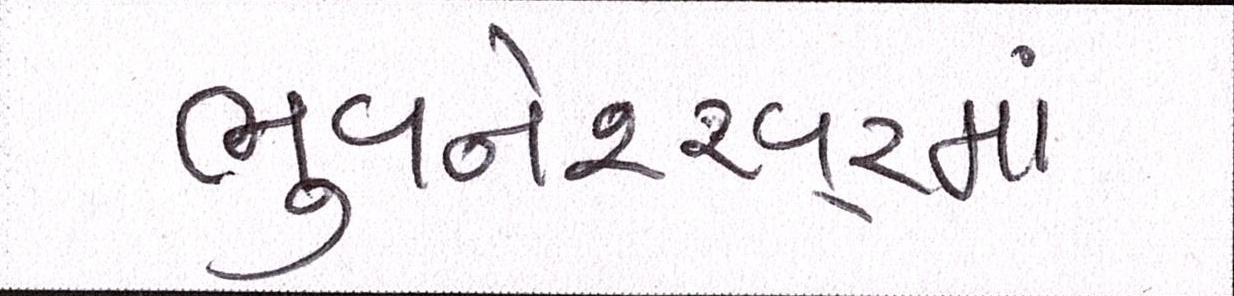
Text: ભુવનેશ્ર્વરમાં